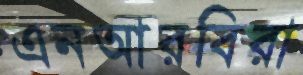
এনআরবিরা